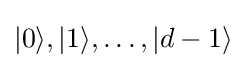
|0\rangle ,|1\rangle ,\dots ,|d-1\rangle